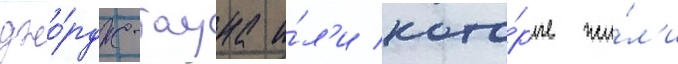
джо́рдж-тауна и́л'и кото́рые жи́л'и